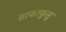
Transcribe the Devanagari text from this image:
ताकाकुसु